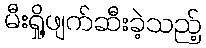
မီးရှို့ဖျက်ဆီးခဲ့သည့်